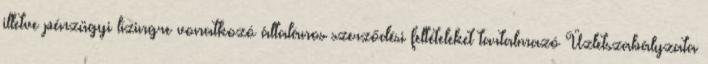
illetve pénzügyi lízingre vonatkozó általános szerződési feltételeket tartalmazó Üzletszabályzata